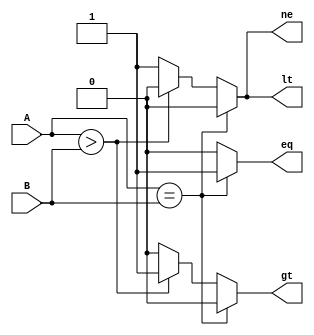
module comparator (
    input [7:0] A,
    input [7:0] B,
    output reg eq,
    output reg ne,
    output reg gt,
    output reg lt
);

always @ (*) begin
    if (A == B) begin
        eq = 1;
        ne = 0;
        gt = 0;
        lt = 0;
    end else if (A > B) begin
        eq = 0;
        ne = 0;
        gt = 1;
        lt = 0;
    end else begin
        eq = 0;
        ne = 1;
        gt = 0;
        lt = 1;
    end
end

endmodule